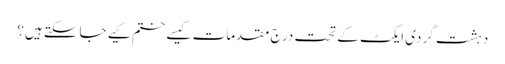
دہشت گردی ایکٹ کے تحت درج مقدمات کیسے ختم کیے جاسکتے ہیں؟